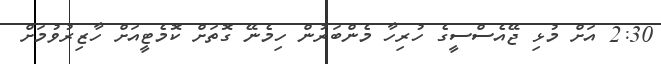
2:30 އަށް މުޅި ޖޭއެސްސީގެ ހުރިހާ މެންބަރުން ހިމެނޭ ގޮތަށް ކޮމެޓީއަށް ހާޒިރުވުމަށް